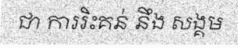
ជា ការរិះគន់ នឹង សង្គម